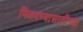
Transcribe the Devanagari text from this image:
मिळवण्यासाठीच्या